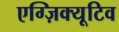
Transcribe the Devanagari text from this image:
एग्ज़िक्यूटिव